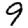
Digit: 9